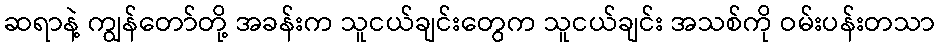
ဆရာနဲ့ ကျွန်တော်တို့ အခန်းက သူငယ်ချင်းတွေက သူငယ်ချင်း အသစ်ကို ဝမ်းပန်းတသာ